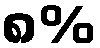
၈%